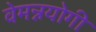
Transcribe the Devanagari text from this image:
वेमन्नयोगी